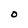
Character: O